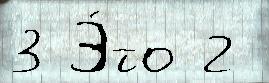
3 Э́то 2